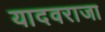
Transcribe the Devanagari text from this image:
यादवराजा